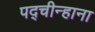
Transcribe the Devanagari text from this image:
पद्चीन्हाना